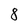
Character: 8